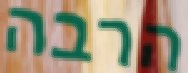
הרבה